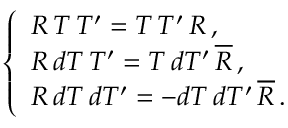
\left\{ \begin{array} { l } { { R \, T \, T ^ { \prime } = T \, T ^ { \prime } \, R \, , } } \\ { { R \, d T \, T ^ { \prime } = T \, d T ^ { \prime } \, \overline { { { R } } } \, , } } \\ { { R \, d T \, d T ^ { \prime } = - d T \, d T ^ { \prime } \, \overline { { { R } } } \, . } } \end{array} \right.